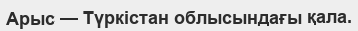
Арыс — Түркістан облысындағы қала.